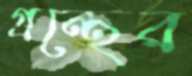
গ্রন্থের